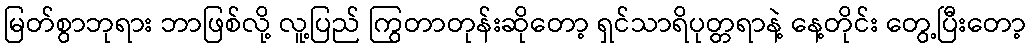
မြတ်စွာဘုရား ဘာဖြစ်လို့ လူ့ပြည် ကြွတာတုန်းဆိုတော့ ရှင်သာရိပုတ္တရာနဲ့ နေ့တိုင်း တွေ့ပြီးတော့